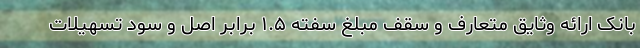
بانک ارائه وثایق متعارف و سقف مبلغ سفته ۱.۵ برابر اصل و سود تسهیلات